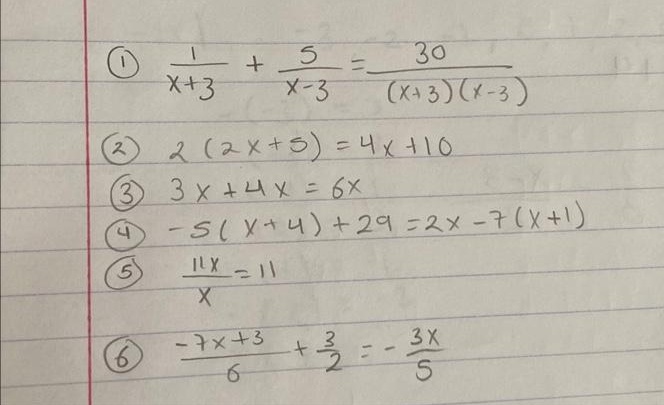
\begin{enumerate}
    \item $\frac{1}{x + 3}+\frac{5}{x - 3}=\frac{30}{(x + 3)(x - 3)}$
    \item $2(2x + 5)=4x + 10$
    \item $3x+4x = 6x$
    \item $-5(x + 4)+29=2x-7(x + 1)$
    \item $\frac{11x}{x}=11$
    \item $\frac{-7x + 3}{6}+\frac{3}{2}=-\frac{3x}{5}$
\end{enumerate}